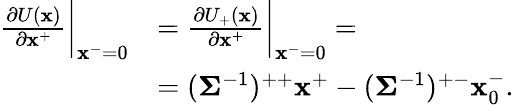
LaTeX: \begin{array}{rl}{\frac{\partial U(\mathbf{x})}{\partial\mathbf{x}^{+}}\bigg|_{\mathbf{x}^{-}=0}}&{=\frac{\partial U_{+}(\mathbf{x})}{\partial\mathbf{x}^{+}}\bigg|_{\mathbf{x}^{-}=0}=}\\ &{=(\mathbf{\Sigma}^{-1})^{++}\mathbf{x}^{+}-(\mathbf{\Sigma}^{-1})^{+-}\mathbf{x}_{0}^{-}.}\end{array}